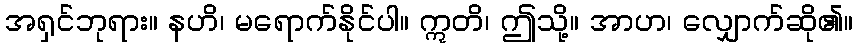
အရှင်ဘုရား။ နဟိ၊ မရောက်နိုင်ပါ။ ဣတိ၊ ဤသို့။ အာဟ၊ လျှောက်ဆို၏။